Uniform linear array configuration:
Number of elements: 16
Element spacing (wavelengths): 0.5
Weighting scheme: cosine
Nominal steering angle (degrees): -60
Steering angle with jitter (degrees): -59.135
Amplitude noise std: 0.05
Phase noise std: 0.05

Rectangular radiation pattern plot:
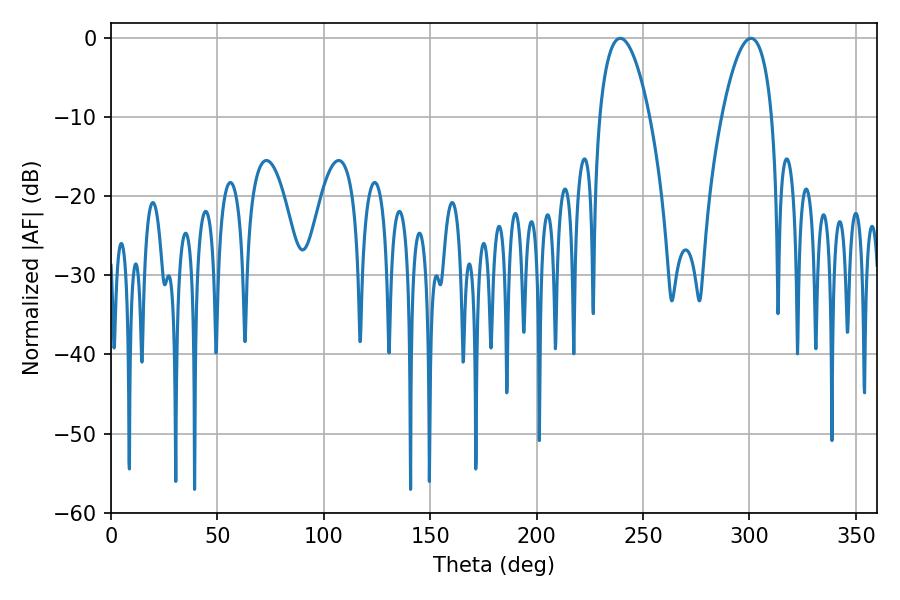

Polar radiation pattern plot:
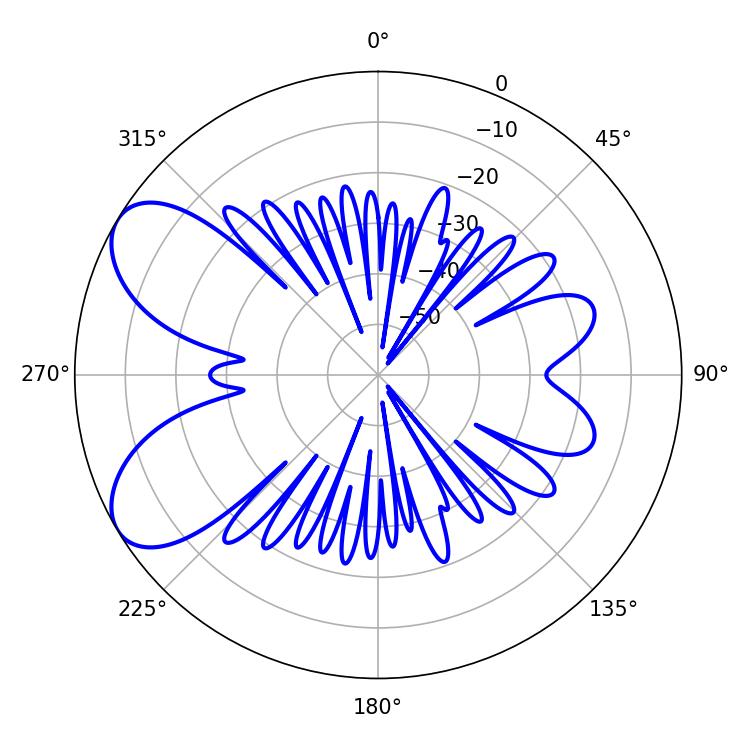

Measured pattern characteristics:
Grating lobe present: FALSE
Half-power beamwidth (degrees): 12.96
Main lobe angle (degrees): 239.22